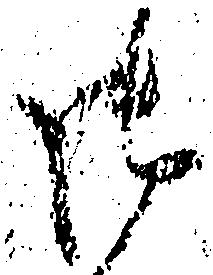
御